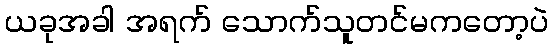
ယခုအခါ အရက် သောက်သူတင်မကတော့ပဲ